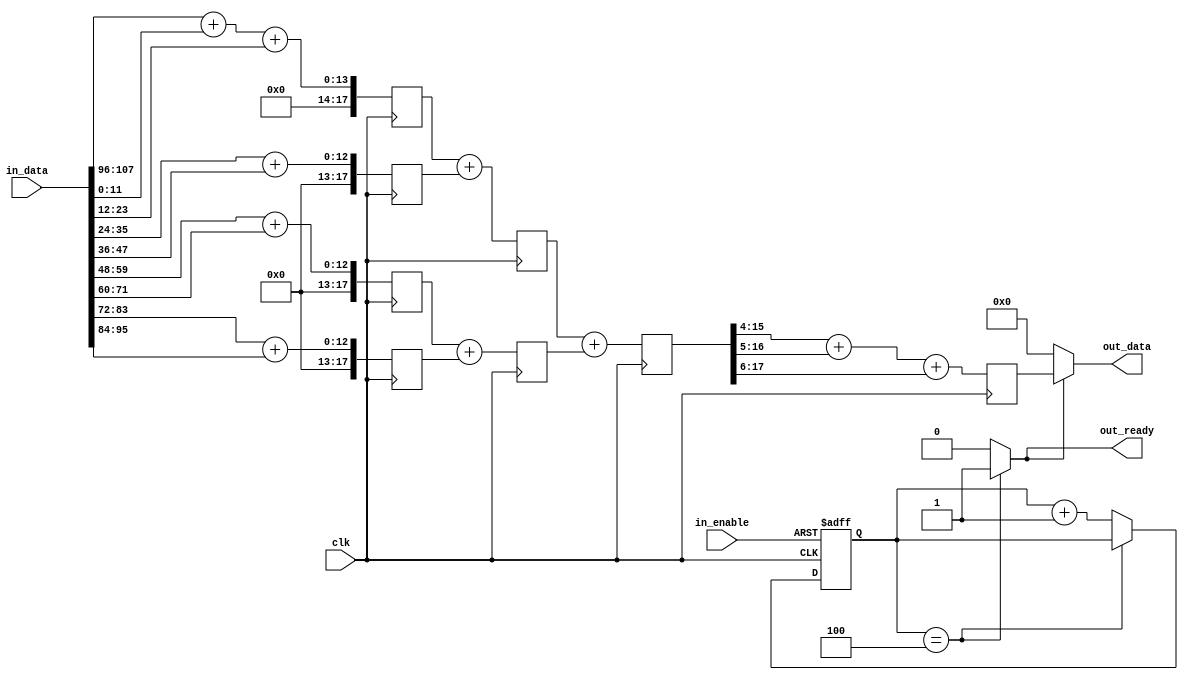

`timescale 1ns / 1ps
`define full_win_width window_width * window_width

module MeanFilter(
	clk, 
	//rst_n, 
	in_enable, 
	in_data, 
	out_ready, 
	out_data);


	parameter[0 : 0] work_mode = 0;

	parameter[3 : 0] window_width = 3;

	parameter[3: 0] color_width = 12;
	
	parameter sum_stage = 3;


	input clk;

	//input rst_n;
	
	input in_enable;
	
	input [color_width * window_width * window_width - 1 : 0] in_data;

	output out_ready;

	output[color_width - 1 : 0] out_data;

	reg[color_width - 1 : 0] reg_in_data[0 : `full_win_width - 1];
	reg[color_width - 1 : 0] reg_out_data;
	wire[color_width + `full_win_width - 1 : 0] sum_all;
	reg[3 : 0] con_enable;

	genvar i, j;
	generate

		always @(posedge clk or negedge in_enable) begin
			if( ~in_enable) 
				con_enable <= 0;
			else if(con_enable == sum_stage + 1)
				con_enable <= con_enable;
			else
				con_enable <= con_enable + 1;
		end
		assign out_ready = con_enable == sum_stage + 1 ? 1 : 0;


		for (i = 0; i < `full_win_width; i = i + 1) begin
			if(work_mode == 0) begin
				always @(*)
					reg_in_data[i] = in_data[(i + 1) * color_width - 1 : i * color_width];
			end else begin
				always @(posedge in_enable)
					reg_in_data[i] = in_data[(i + 1) * color_width - 1 : i * color_width];
			end

		end

		for (i = 0; i < sum_stage; i = i + 1) begin : pipe
			reg[color_width + `full_win_width - 1 : 0] sum[0 : (`full_win_width >> i + 1) - 1];
			for (j = 0; j < `full_win_width >> i + 1; j = j + 1) begin
				if(i == 0) begin

					if(j == 0 && ((`full_win_width >> i) % 2 != 0)) begin
						always @(posedge clk)
							sum[j] <= 
								reg_in_data[`full_win_width - 1] +
								reg_in_data[2 * j] +
								reg_in_data[2 * j + 1];
					end else begin
						always @(posedge clk)
							sum[j] <= 
								reg_in_data[2 * j] +
								reg_in_data[2 * j + 1];
					end

				end else begin 

					if(j == 0 && ((`full_win_width >> i) % 2 != 0)) begin
						always @(posedge clk)
							sum[j] <= pipe[i - 1].sum[(`full_win_width >> i) - 1] + pipe[i - 1].sum[2 * j] + pipe[i - 1].sum[2 * j + 1];
					end else begin
						always @(posedge clk)
							sum[j] <= pipe[i - 1].sum[2 * j] + pipe[i - 1].sum[2 * j + 1];
					end
				end

			end
		end

		assign sum_all = pipe[sum_stage - 1].sum[0];
		case (window_width)
		 	2 : always @(posedge clk) reg_out_data <= sum_all >> 2;
		 	3 : always @(posedge clk) reg_out_data <= (sum_all >> 4) + (sum_all >> 5) + (sum_all >> 6);
		 	4 : always @(posedge clk) reg_out_data <= sum_all >> 4;
		 	5 : always @(posedge clk) reg_out_data <= (sum_all >> 5) + (sum_all >> 7) + (sum_all >> 10);
		 	6 : always @(posedge clk) reg_out_data <= (sum_all >> 6) + (sum_all >> 7) + (sum_all >> 8);
		 	7 : always @(posedge clk) reg_out_data <= (sum_all >> 6) + (sum_all >> 8) + (sum_all >> 10);
		 	8 : always @(posedge clk) reg_out_data <= sum_all >> 6;
		 	9 : always @(posedge clk) reg_out_data <= (sum_all >> 7) + (sum_all >> 8) + (sum_all >> 11);
		 	10 : always @(posedge clk) reg_out_data <= (sum_all >> 7) + (sum_all >> 9) + (sum_all >> 13);
		 	11 : always @(posedge clk) reg_out_data <= (sum_all >> 7) + (sum_all >> 12) + (sum_all >> 13);
		 	12 : always @(posedge clk) reg_out_data <= (sum_all >> 8) + (sum_all >> 9) + (sum_all >> 10);
		 	13 : always @(posedge clk) reg_out_data <= (sum_all >> 8) + (sum_all >> 9) + (sum_all >> 14);
		 	14 : always @(posedge clk) reg_out_data <= (sum_all >> 8) + (sum_all >> 10) + (sum_all >> 12);
		 	15 : always @(posedge clk) reg_out_data <= (sum_all >> 8) + (sum_all >> 11);
		 	default : /* default */;
		endcase

		assign out_data = out_ready ? reg_out_data : 0;

	endgenerate

endmodule
`undef full_win_width